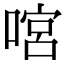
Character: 𠹒